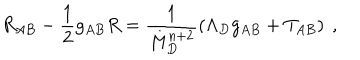
R _ { A B } - \frac { 1 } { 2 } g _ { A B } R = \frac { 1 } { M _ { D } ^ { n + 2 } } \left( \Lambda _ { D } g _ { A B } + T _ { A B } \right) ~ ,